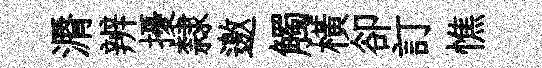
漘辨擾隸邀觸橫卻訂憔